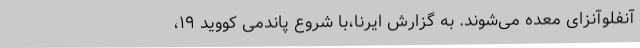
آنفلوآنزای معده می‌شوند. به گزارش ایرنا،‌با شروع پاندمی کووید ۱۹،